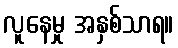
လူနေမှု အနှစ်သာရ။